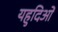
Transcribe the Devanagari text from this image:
यहुदिओं